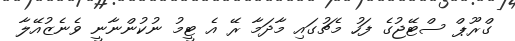
ގްރޫޕް ސްޓޭޖުގެ ފަހު މެޗުގައި މާދަމާ ރޭ އެ ޓީމު ނުކުންނާނީ ވެނެޒުއޭލާ